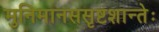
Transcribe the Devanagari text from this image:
मुनिमानससृष्टशान्तेः